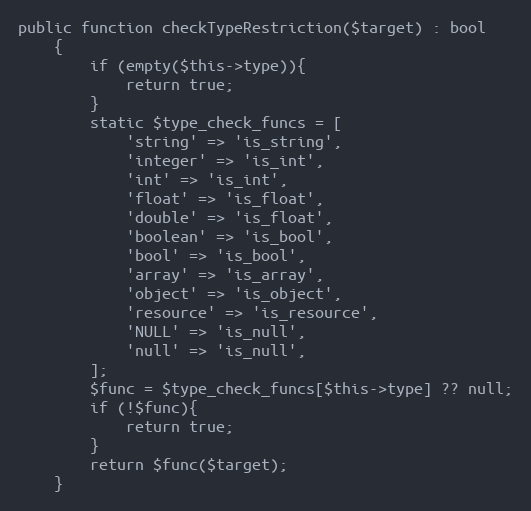
Language: PHP
public function checkTypeRestriction($target) : bool
    {
        if (empty($this->type)){
            return true;
        }
        static $type_check_funcs = [
            'string' => 'is_string',
            'integer' => 'is_int',
            'int' => 'is_int',
            'float' => 'is_float',
            'double' => 'is_float',
            'boolean' => 'is_bool',
            'bool' => 'is_bool',
            'array' => 'is_array',
            'object' => 'is_object',
            'resource' => 'is_resource',
            'NULL' => 'is_null',
            'null' => 'is_null',
        ];
        $func = $type_check_funcs[$this->type] ?? null;
        if (!$func){
            return true;
        }
        return $func($target);
    }